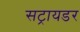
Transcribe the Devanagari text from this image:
सट्रायडर